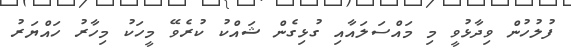
ފުލުހުން ވިދާޅުވީ މި މައްސަލައާއި ގުޅިގެން ޝައްކު ކުރެވޭ މީހަކު މިހާރު ހައްޔަރު